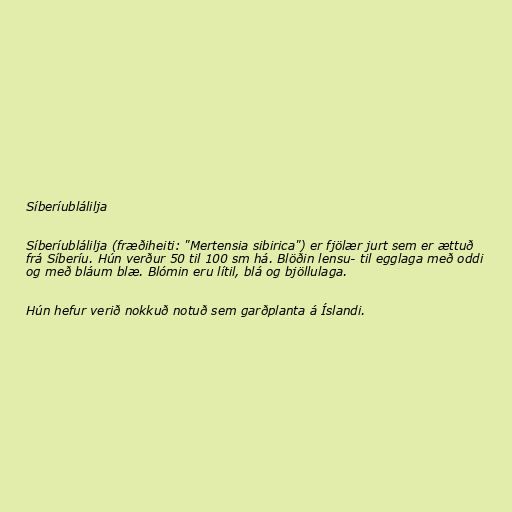
Síberíublálilja

Síberíublálilja (fræðiheiti: "Mertensia sibirica") er fjölær jurt sem er ættuð
frá Síberíu. Hún verður 50 til 100 sm há. Blöðin lensu- til egglaga með oddi
og með bláum blæ. Blómin eru lítil, blá og bjöllulaga.

Hún hefur verið nokkuð notuð sem garðplanta á Íslandi.